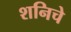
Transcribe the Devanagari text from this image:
शनिचे